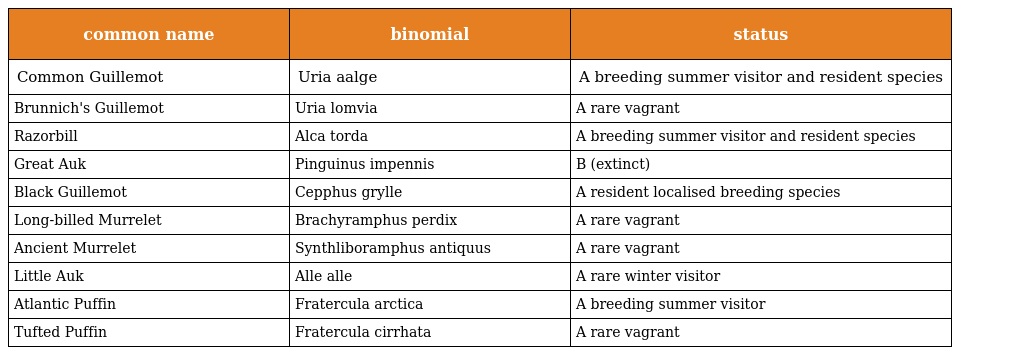
| common name | binomial | status |
 | --- | --- | --- |
 | Common Guillemot | Uria aalge | A breeding summer visitor and resident species |
 | Brunnich's Guillemot | Uria lomvia | A rare vagrant |
 | Razorbill | Alca torda | A breeding summer visitor and resident species |
 | Great Auk | Pinguinus impennis | B (extinct) |
 | Black Guillemot | Cepphus grylle | A resident localised breeding species |
 | Long-billed Murrelet | Brachyramphus perdix | A rare vagrant |
 | Ancient Murrelet | Synthliboramphus antiquus | A rare vagrant |
 | Little Auk | Alle alle | A rare winter visitor |
 | Atlantic Puffin | Fratercula arctica | A breeding summer visitor |
 | Tufted Puffin | Fratercula cirrhata | A rare vagrant |